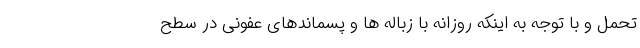
تحمل و با توجه به اینکه روزانه با زباله ها و پسماندهای عفونی در سطح